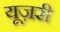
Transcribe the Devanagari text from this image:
यूज़री